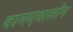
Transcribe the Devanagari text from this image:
बायएथालॉन